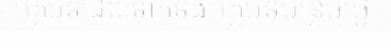
អត្ថបទដែលទាក់ទងអត្ថបទបន្ថែមថ្ងៃ